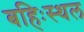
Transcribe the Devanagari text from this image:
बहिःस्थल